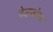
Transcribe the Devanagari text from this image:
टेलकोमा